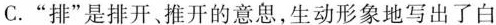
C.”排”是排开、推开的意思，生动形象地写出了白